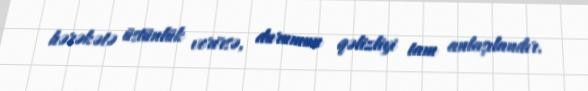
hərəkətə üstünlük verirsə, durumun qəlizliyi tam anlaşılandır.